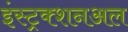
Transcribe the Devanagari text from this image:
इंस्ट्रक्शनअल